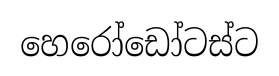
හෙරෝඩෝටස්ට